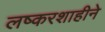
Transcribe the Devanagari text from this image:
लष्करशाहीने